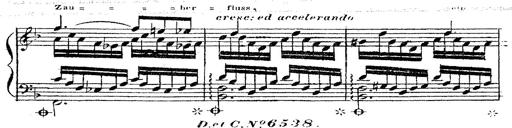
Title: 12 Lieder von Franz Schubert
Composer: Franz Liszt